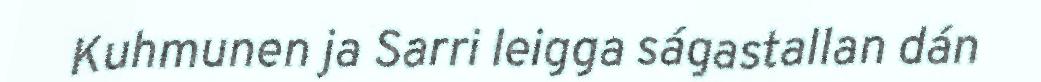
Kuhmunen ja Sarri leigga ságastallan dán